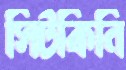
সিটকিনি